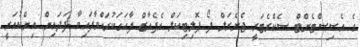
ގެ އެސިސްޓެންޓް ސެކްރެޓަރީ ޖެނެރަލް ފޯ ޕޮލިޓިކަލް އެފެއާޒް ފާހަގަކުރައްވާފައިވާ ފަދައިން އިންކުއަރީ